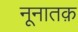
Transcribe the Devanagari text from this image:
नूनातक़